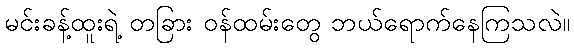
မင်းခန့်ထူးရဲ့ တခြား ဝန်ထမ်းတွေ ဘယ်ရောက်နေကြသလဲ။